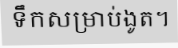
ទឹកសម្រាប់ងូត។